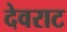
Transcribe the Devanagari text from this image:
देवराट